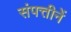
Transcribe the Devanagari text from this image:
संपत्तीनें